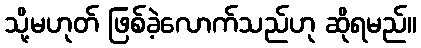
သို့မဟုတ် ဖြစ်ခဲ့လောက်သည်ဟု ဆိုရမည်။